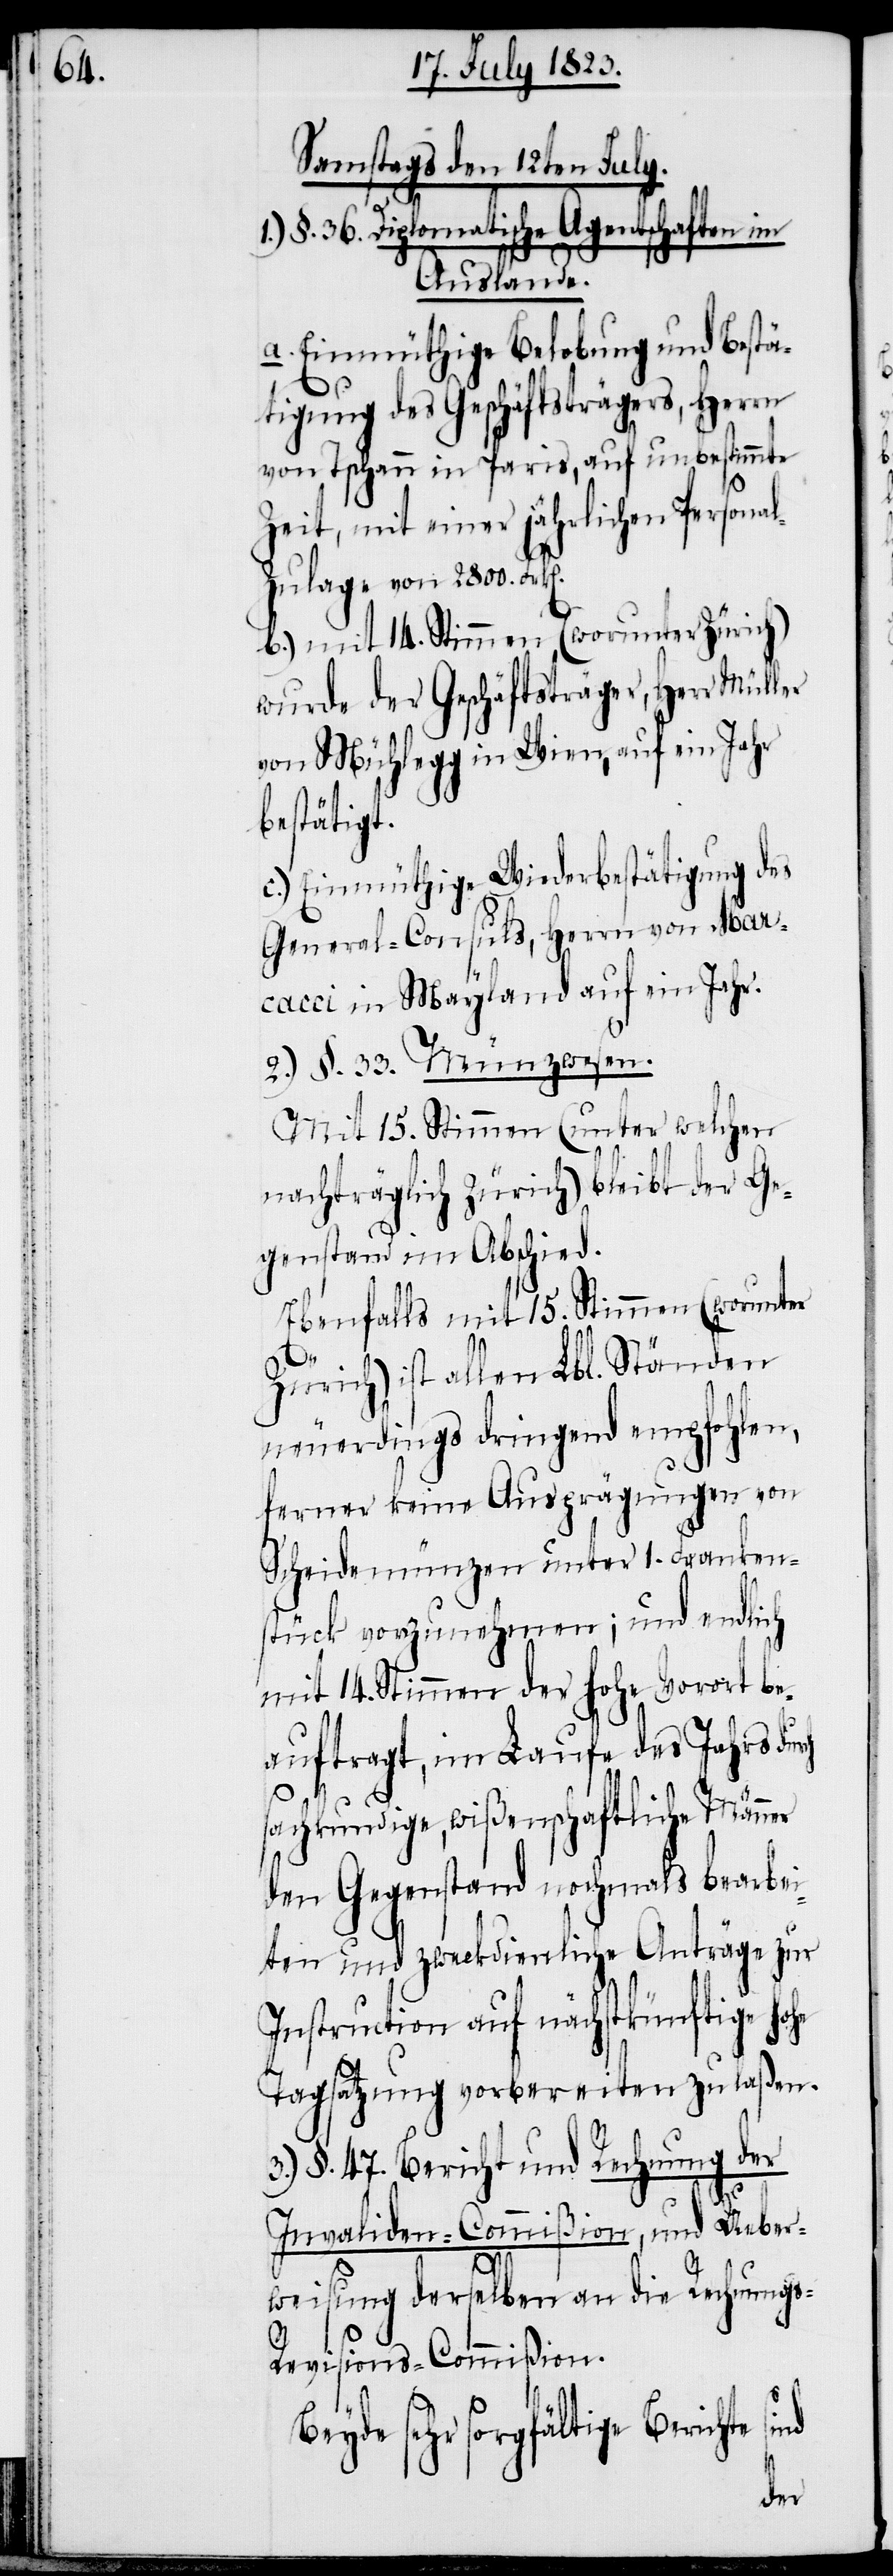
Samstags den 12ten July.
1.) §. 36. Diplomatische Agentschaften im
Auslande.
a. Einmüthige Belobung und Bestä¬
tigung des Geschäftsträgers, Herrn
von Tschann in Paris, auf unbestimmte
Zeit, mit einer jährlichen Persona¬
ulage von 2800.
b.) mit 14. Stimmen (worunter Zürich)
wurde der Geschäftsträger, Herr Müller
von Mühlegg in Wien, auf ein Jahr
bestätigt.
c. Einmüthige Wiederbestätigung des
General-Consuls, Herrn von Mar¬
cacci in Mayland auf ein Jahr.
2.) §. 33. Münzwesen.
Mit 15. Stimmen (unter welchen
nachträglich Zürich) bleibt der Ge¬
genstand im Abschied.
Ebenfalls mit 15. Stimmen (worunter
Zürich) ist allen Lbl. Ständen
neuerdings dringend empfohlen,
ferner keine Ausprägungen von
Scheidemünzen unter 1. Franken¬
stück vorzunehmen; und endlich
mit 14. Stimmen der hohe Vorort be¬
auftragt, im Laufe des Jahrs dur¬
sachkundige, wißenschaftliche Männer
den Gegenstand nochmals bearbei¬
ten und zweckdienliche Anträge zur
Instruction auf nächstkünftige hohe
Tagsatzung vorbereiten zu laßen.
3.) §. 47. Bericht und Rechnung der
ch
Invaliden-Commißion, und Ueber¬
weisung derselben an die Rechnungs-R¬
evisions-Commißion.
Beyde sehr sorgfältige Berichte